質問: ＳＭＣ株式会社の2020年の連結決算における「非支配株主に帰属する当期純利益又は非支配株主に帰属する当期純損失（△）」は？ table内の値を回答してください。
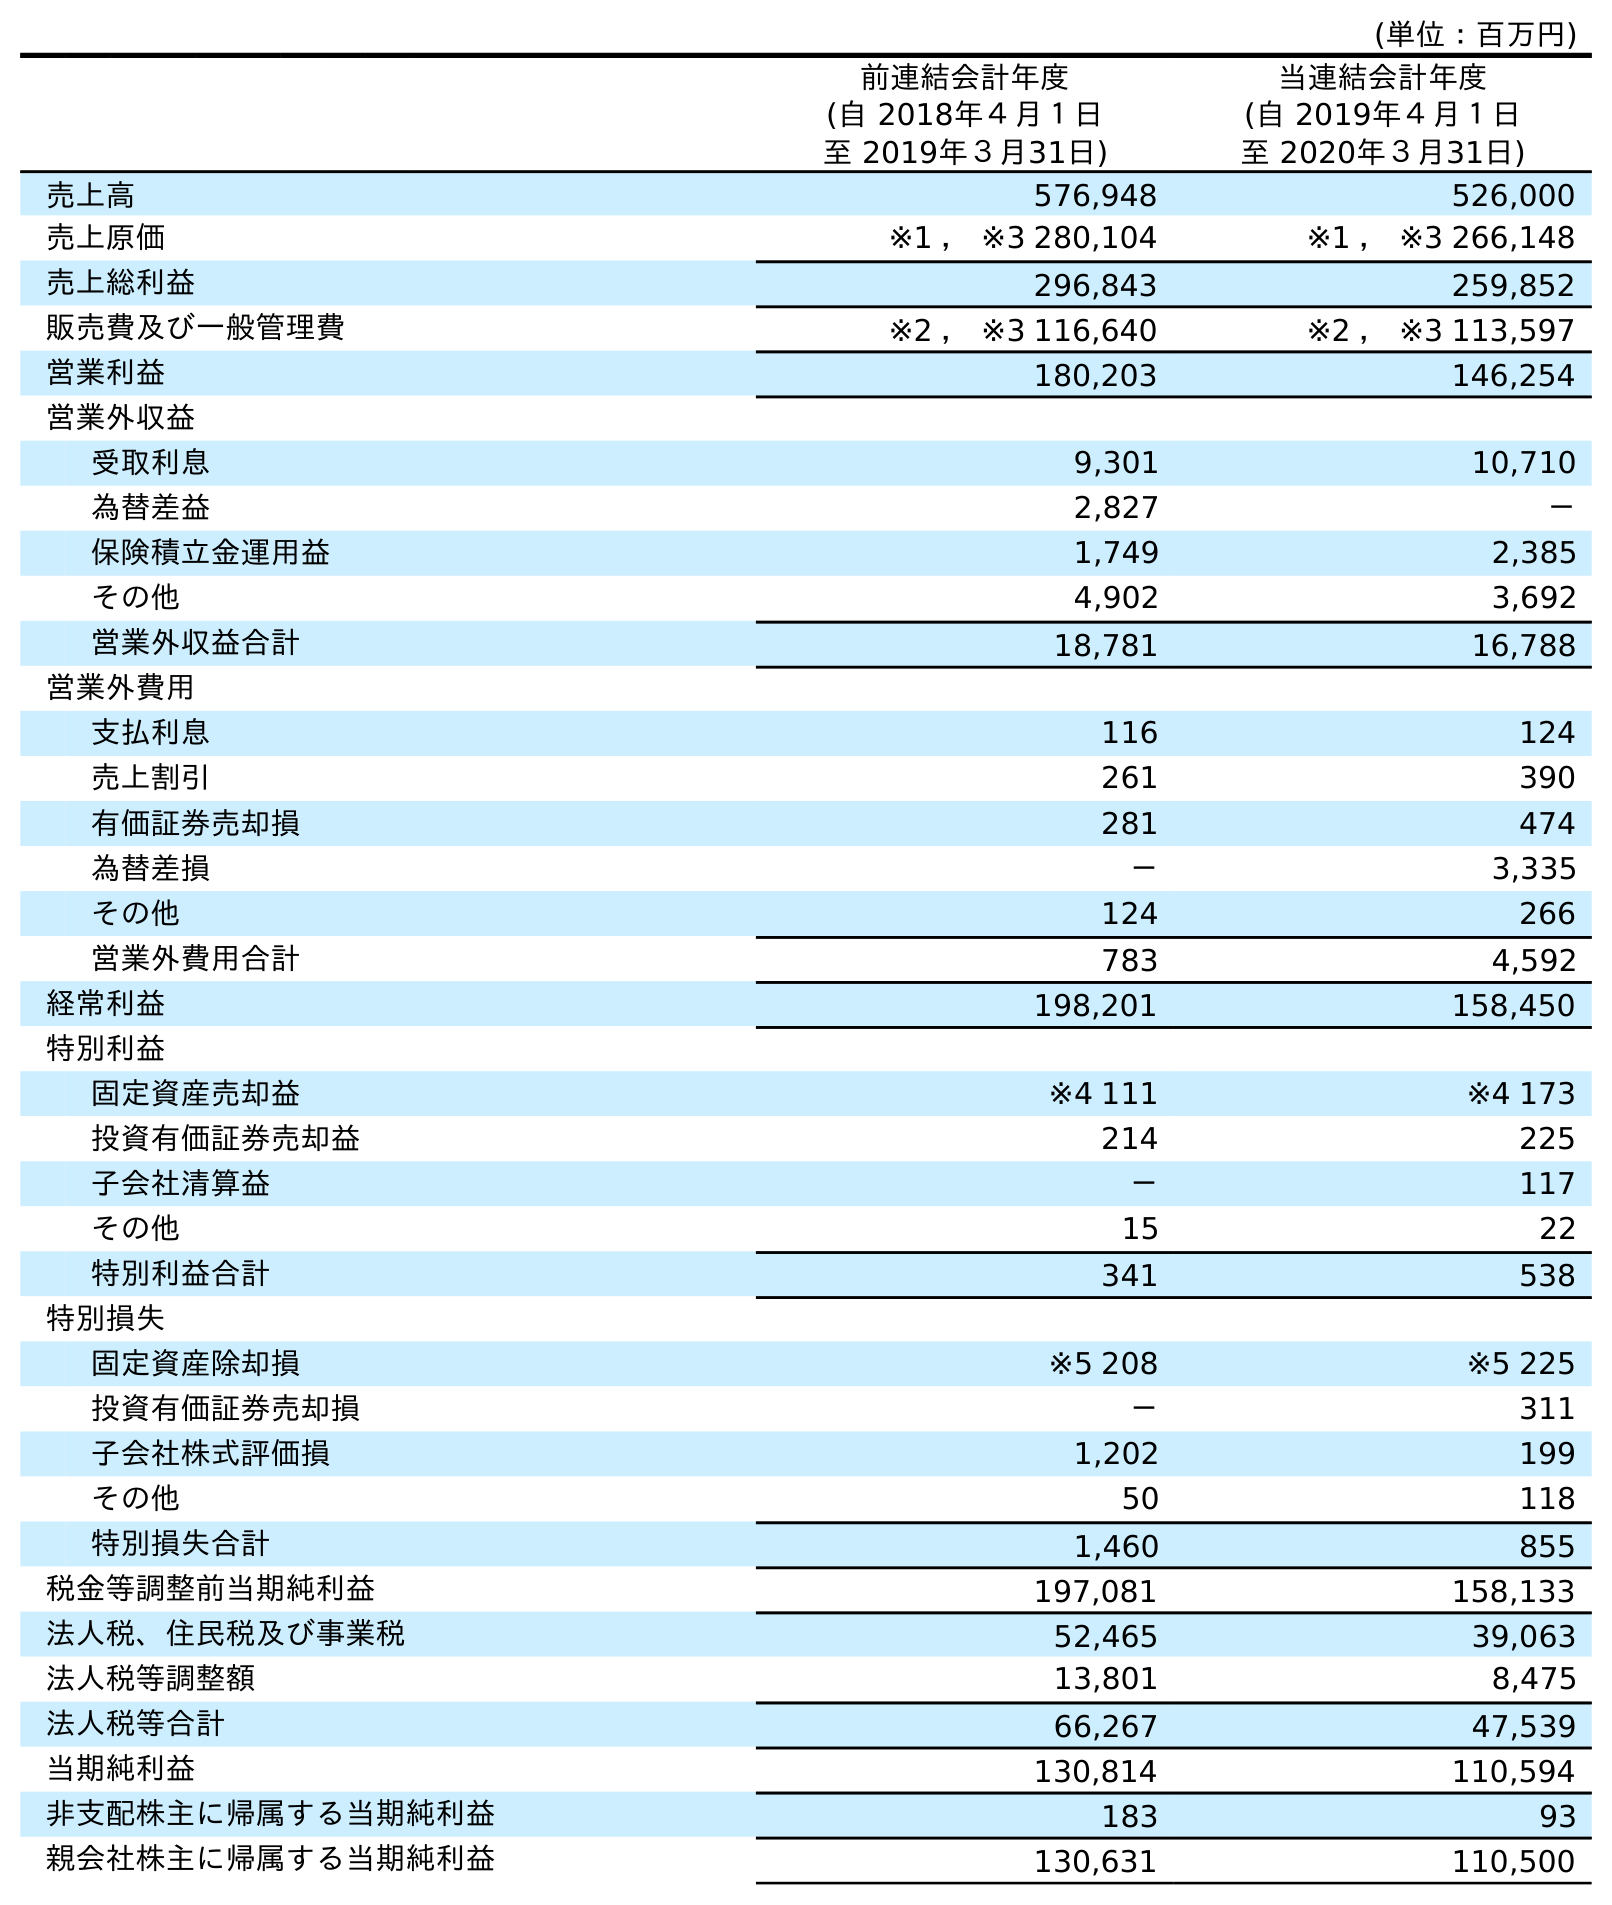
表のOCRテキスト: (単位：百万円) 前連結会計年度 (自 2018年４月１日 至 2019年３月31日) 当連結会計年度 (自 2019年４月１日 至 2020年３月31日) 売上高 576,948 526,000 売上原価 ※1 ， ※3 280,104 ※1 ， ※3 266,148 売上総利益 296,843 259,852 販売費及び一般管理費 ※2 ， ※3 116,640 ※2 ， ※3 113,597 営業利益 180,203 146,254 営業外収益 受取利息 9,301 10,710 為替差益 2,827 － 保険積立金運用益 1,749 2,385 その他 4,902 3,692 営業外収益合計 18,781 16,788 営業外費用 支払利息 116 124 売上割引 261 390 有価証券売却損 281 474 為替差損 － 3,335 その他 124 266 営業外費用合計 783 4,592 経常利益 198,201 158,450 特別利益 固定資産売却益 ※4 111 ※4 173 投資有価証券売却益 214 225 子会社清算益 － 117 その他 15 22 特別利益合計 341 538 特別損失 固定資産除却損 ※5 208 ※5 225 投資有価証券売却損 － 311 子会社株式評価損 1,202 199 その他 50 118 特別損失合計 1,460 855 税金等調整前当期純利益 197,081 158,133 法人税、住民税及び事業税 52,465 39,063 法人税等調整額 13,801 8,475 法人税等合計 66,267 47,539 当期純利益 130,814 110,594 非支配株主に帰属する当期純利益 183 93 親会社株主に帰属する当期純利益 130,631 110,500
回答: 93